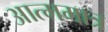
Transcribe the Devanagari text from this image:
आत्ममात्र